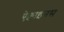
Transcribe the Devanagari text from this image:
ऐक्वाइनस